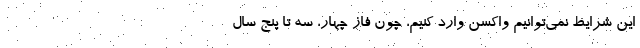
این شرایط نمی‌توانیم واکسن وارد کنیم، چون فاز چهار، سه تا پنج سال